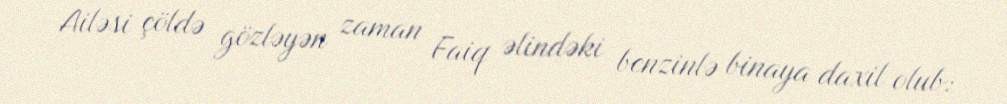
Ailəsi çöldə gözləyən zaman Faiq əlindəki benzinlə binaya daxil olub: